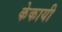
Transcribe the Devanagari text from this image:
केकायी